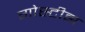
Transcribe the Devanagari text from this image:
गोस्टीझ